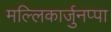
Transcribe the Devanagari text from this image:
मल्लिकार्जुनप्पा